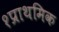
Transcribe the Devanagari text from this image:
१प्राथमिक